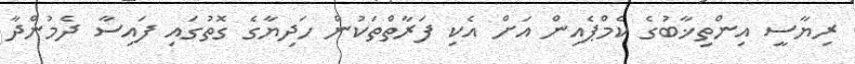
ރިޔާސީ އިންތިޚާބުގެ ކެމްޕެއިން އަށް އެކި ފަރާތްތަކުން ހަދިޔާގެ ގޮތުގައި ފައިސާ ދެމުންދާ